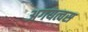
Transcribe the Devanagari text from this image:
अगयत्वस